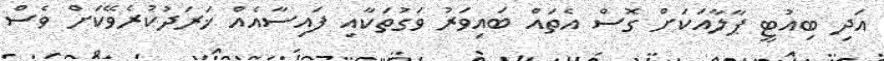
އަދި ބިއުޓީ ޕާލާއަކަށް ގޮސް އެތައް ބައިވަރު ވަގުތަކާއި ފައިސާއެއް ޚަރަދުކުރެވޭކަށް ވެސް